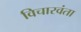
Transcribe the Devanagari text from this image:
विचारवंता